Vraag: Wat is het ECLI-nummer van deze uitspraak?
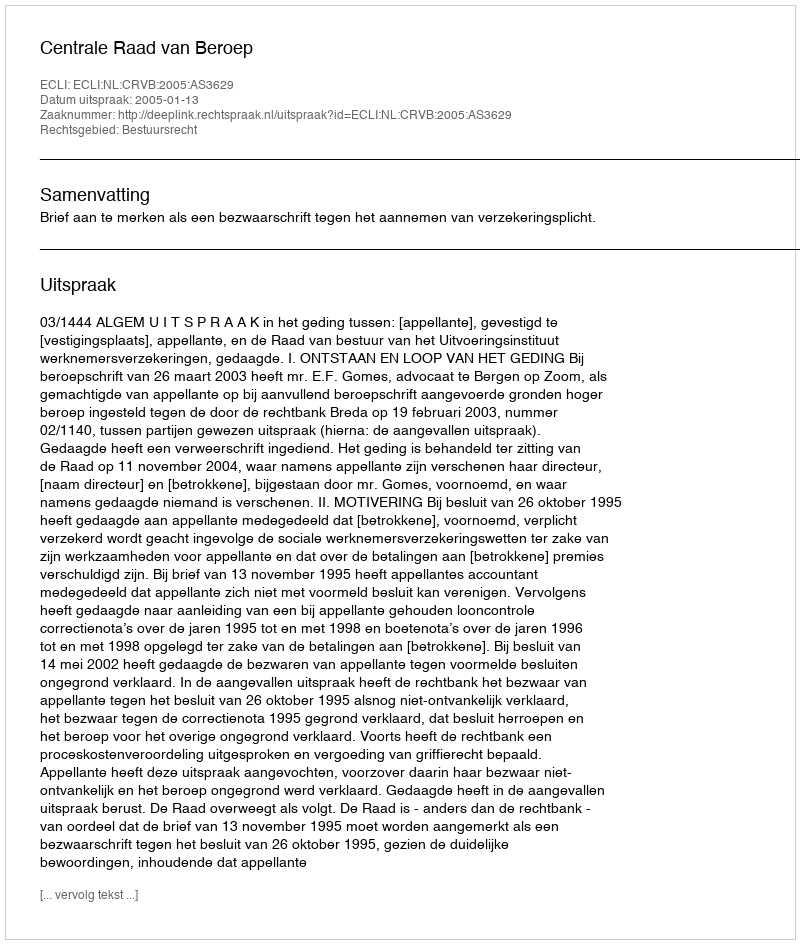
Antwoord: ECLI:NL:CRVB:2005:AS3629